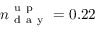
n _ { \mathrm { ~ d ~ a ~ y ~ } } ^ { \mathrm { ~ u ~ p ~ } } = 0 . 2 2